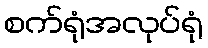
စက်ရုံအလုပ်ရုံ